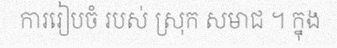
ការរៀបចំ របស់ ស្រុក សមាជ ។ ក្នុង